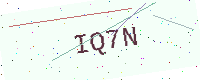
Text: IQ7N